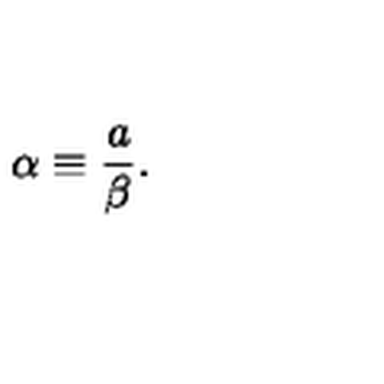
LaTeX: \alpha \equiv \frac { a } { \beta } .